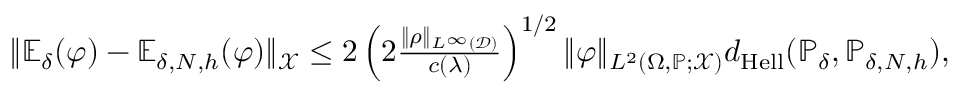
\begin{array} { r } { \| \mathbb { E } _ { \delta } ( \varphi ) - \mathbb { E } _ { \delta , N , h } ( \varphi ) \| _ { \mathcal { X } } \le 2 \left( 2 \frac { \| \rho \| _ { L ^ { \infty } ( \mathcal { D } ) } } { c ( \lambda ) } \right) ^ { 1 / 2 } \| \varphi \| _ { L ^ { 2 } ( \Omega , \mathbb { P } ; \mathcal { X } ) } d _ { \mathrm { H e l l } } ( \mathbb { P } _ { \delta } , \mathbb { P } _ { \delta , N , h } ) , } \end{array}